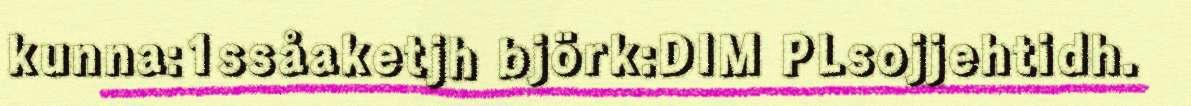
kunna:1ssåaketjh björk:DIM PLsojjehtidh.